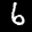
Label: 6